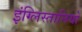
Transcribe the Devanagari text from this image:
इंग्लिस्तानियों